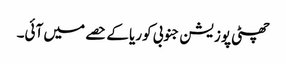
چھٹی پوزیشن جنوبی کوریا کے حصے میں آئی۔